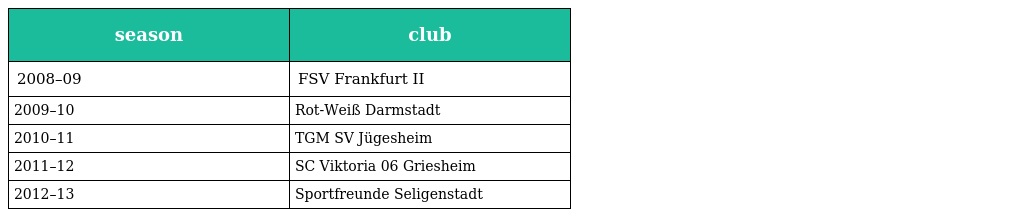
| season | club |
 | --- | --- |
 | 2008–09 | FSV Frankfurt II |
 | 2009–10 | Rot-Weiß Darmstadt |
 | 2010–11 | TGM SV Jügesheim |
 | 2011–12 | SC Viktoria 06 Griesheim |
 | 2012–13 | Sportfreunde Seligenstadt |